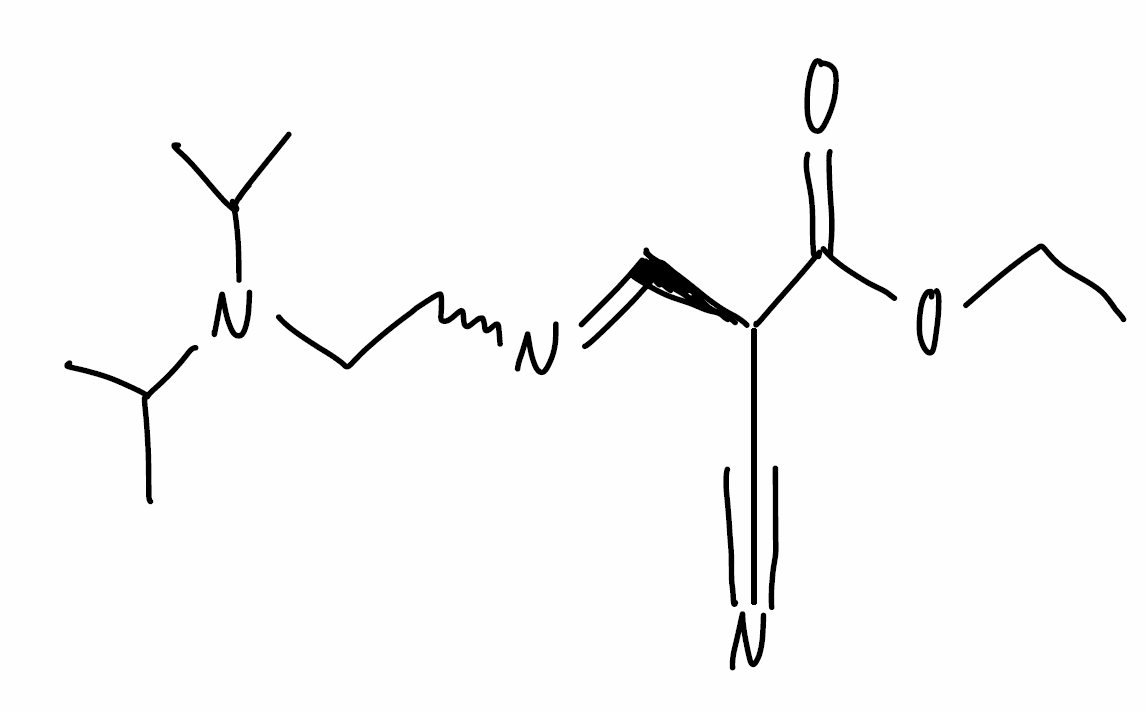
Simplified molecular-input line-entry system (SMILES) notation of the given molecule:
CCOC(=O)[C@H](C=NCCN(C(C)C)C(C)C)C#N